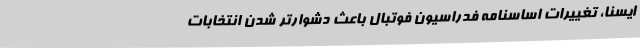
ایسنا، تغییرات اساسنامه فدراسیون فوتبال باعث دشوارتر شدن انتخابات